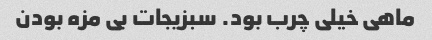
ماهی خیلی چرب بود. سبزیجات بی مزه بودن